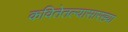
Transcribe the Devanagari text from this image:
कवितेतल्यासारख्या